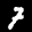
Label: 7